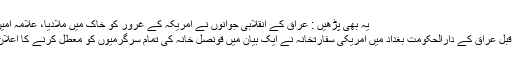
یہ بھی پڑھیں : عراق کے انقلابی جوانوں نے امریکہ کے غرور کو خاک میں ملادیا، علامہ امین شہیدی
اس سے قبل عراق کے دارالحکومت بغداد میں امریکی سفارتخانہ نے ایک بیان میں قونصل خانہ کی تمام سرگرمیوں کو معطل کرنے کا اعلان کیا تھا۔